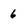
Character: 6